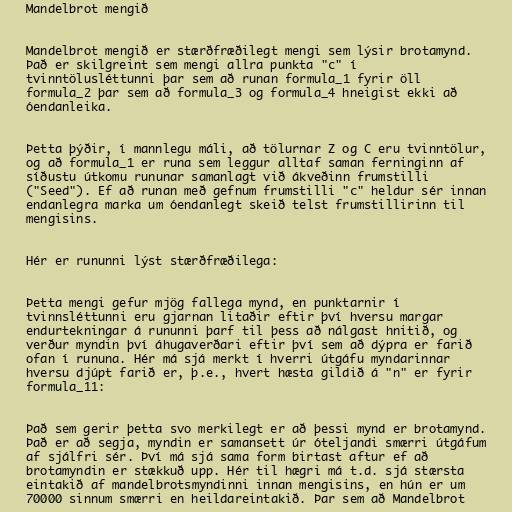
Mandelbrot mengið

Mandelbrot mengið er stærðfræðilegt mengi sem lýsir brotamynd.
Það er skilgreint sem mengi allra punkta "c" í
tvinntölusléttunni þar sem að runan formula_1 fyrir öll
formula_2 þar sem að formula_3 og formula_4 hneigist ekki að
óendanleika.

Þetta þýðir, í mannlegu máli, að tölurnar Z og C eru tvinntölur,
og að formula_1 er runa sem leggur alltaf saman ferninginn af
síðustu útkomu rununar samanlagt við ákveðinn frumstilli
("Seed"). Ef að runan með gefnum frumstilli "c" heldur sér innan
endanlegra marka um óendanlegt skeið telst frumstillirinn til
mengisins.

Hér er rununni lýst stærðfræðilega:

Þetta mengi gefur mjög fallega mynd, en punktarnir í
tvinnsléttunni eru gjarnan litaðir eftir því hversu margar
endurtekningar á rununni þarf til þess að nálgast hnitið, og
verður myndin því áhugaverðari eftir því sem að dýpra er farið
ofan í rununa. Hér má sjá merkt í hverri útgáfu myndarinnar
hversu djúpt farið er, þ.e., hvert hæsta gildið á "n" er fyrir
formula_11:

Það sem gerir þetta svo merkilegt er að þessi mynd er brotamynd.
Það er að segja, myndin er samansett úr óteljandi smærri útgáfum
af sjálfri sér. Því má sjá sama form birtast aftur ef að
brotamyndin er stækkuð upp. Hér til hægri má t.d. sjá stærsta
eintakið af mandelbrotsmyndinni innan mengisins, en hún er um
70000 sinnum smærri en heildareintakið. Þar sem að Mandelbrot